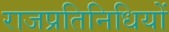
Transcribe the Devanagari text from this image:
राजप्रतिनिधियों